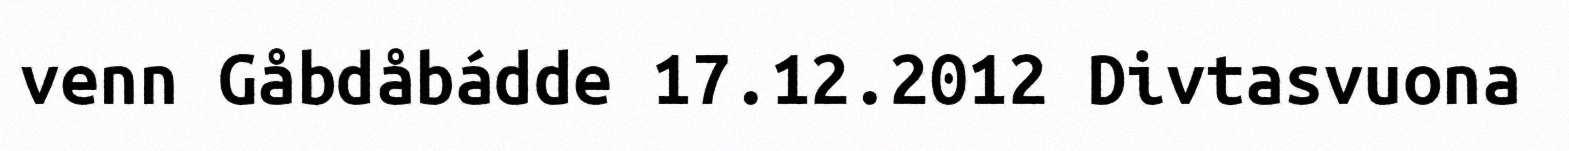
venn Gåbdåbádde 17.12.2012 Divtasvuona